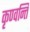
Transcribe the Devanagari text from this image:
कृण्वन्ति